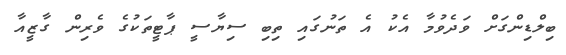
ބިލްޑިންގަށް ވަދެވުމާ އެކު އެ ތަނުގައި ތިބި ސިޔާސީ ޕާޓީތަކުގެ ވެރިން ގާޒީއާ